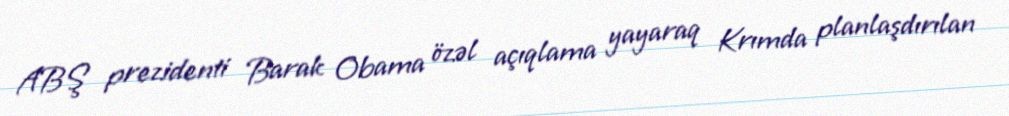
ABŞ prezidenti Barak Obama özəl açıqlama yayaraq Krımda planlaşdırılan